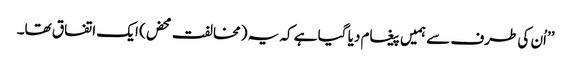
’’اُن کی طرف سے ہمیں پیغام دیا گیا ہے کہ یہ (مخالفت محض) ایک اتفاق تھا۔